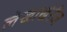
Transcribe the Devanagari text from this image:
लेखाखेरीज